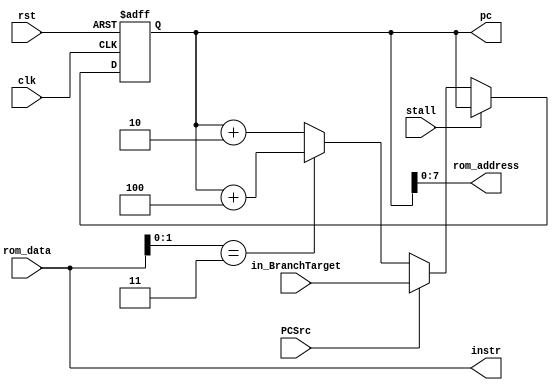
module fetch (
    input clk,                    // Clock signal
    input rst,                    // Reset signal
    input stall,

    input [31:0] in_BranchTarget, // Branch address to jump to if needed
    input [31:0] rom_data,

    input PCSrc,

    output [7:0] rom_address,

    output reg [31:0] pc = 32'b0, // Register for the address of the next instruction (10-bit address for 1024 registers)
    output wire [31:0] instr      // Instruction fetched from memory
);
    always @(posedge clk or posedge rst) begin
        if (rst)
            pc <= 0;
        else if (~stall) begin
            $display("%h %h", pc, instr);
            if (PCSrc)
                pc <= in_BranchTarget;
            else if (instr[1:0] == 2'b11)
                pc <= pc + 4; // Increment PC by 4 to fetch the next sequential instruction (10-bit offset)
            else
                pc <= pc + 2;
        end
    end

    assign instr = rom_data;
    assign rom_address = pc;

endmodule